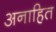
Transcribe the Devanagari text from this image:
अनाहित